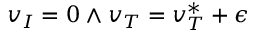
v _ { I } = 0 \land v _ { T } = v _ { T } ^ { * } + \epsilon